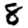
Digit: 8